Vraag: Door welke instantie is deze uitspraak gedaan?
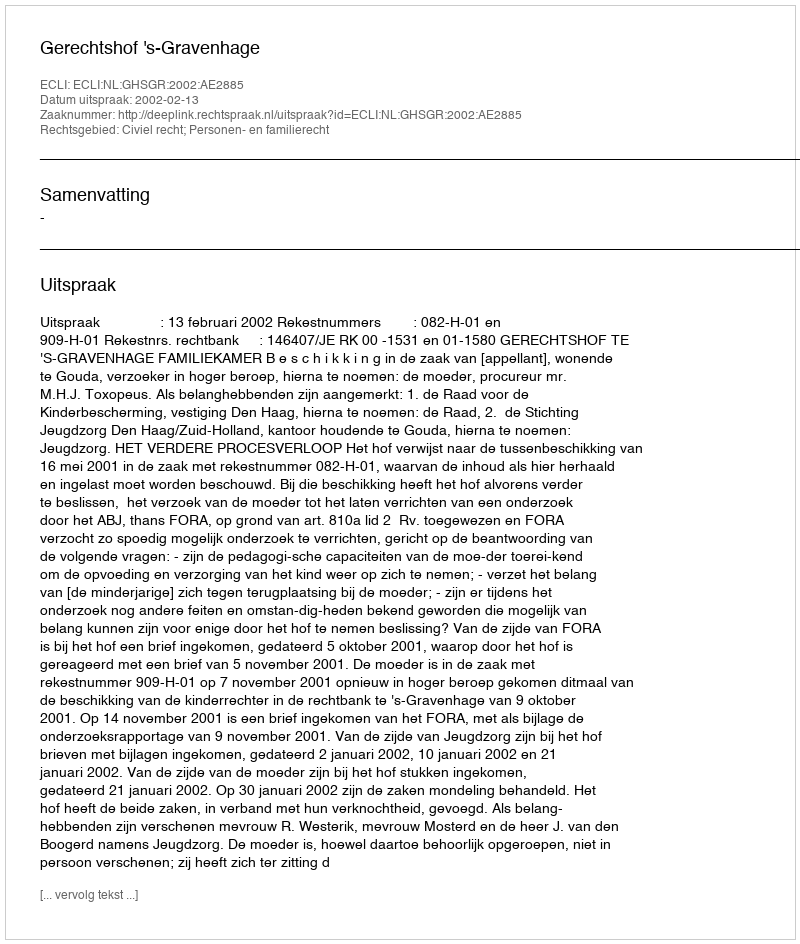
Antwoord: Gerechtshof 's-Gravenhage